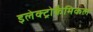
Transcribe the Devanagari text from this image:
इलेक्ट्रोकैमिकल